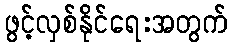
ဖွင့်လှစ်နိုင်ရေးအတွက်